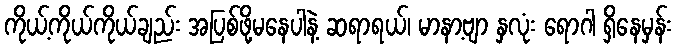
ကိုယ့်ကိုယ်ကိုယ်ချည်း အပြစ်ဖို့မနေပါနဲ့ ဆရာရယ်၊ မာနာ့ဗျာ နှလုံး ရောဂါ ရှိနေမှန်း